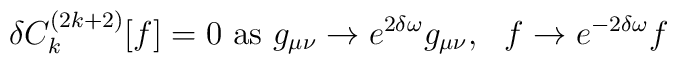
\delta C^{(2k+2)}_{k}[f]=0\hbox{ as }g_{\mu \nu}\rightarrow e^{2\delta\omega}g_{\mu \nu},\:\:\:f\rightarrow e^{-2\delta\omega}f